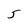
Character: J